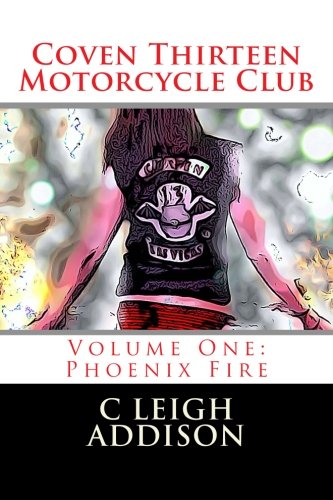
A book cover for Coven Thirteen Motorcycle Club: Volume One: Phoenix Fire (Volume 1); C Leigh Addison; Literature & Fiction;